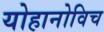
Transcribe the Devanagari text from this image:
योहानोविच